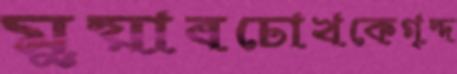
মুয়াবচোখকেগৃদ্দ